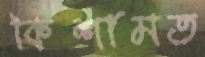
কিশামত